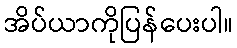
အိပ်ယာကိုပြန်ပေးပါ။